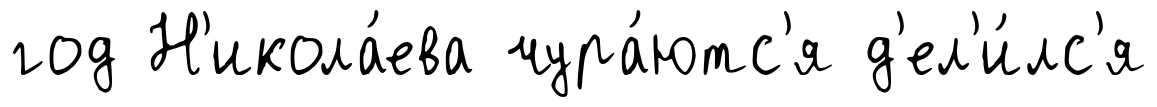
год Н'икола́ева чура́ютс'я д'ел'и́лс'я